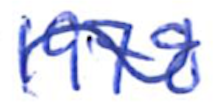
Text: 1978
Cross-out: wave
Writing tool: ballpoint